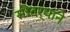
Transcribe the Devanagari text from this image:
सौदर्यांने